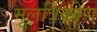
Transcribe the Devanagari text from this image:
मूलत्रिकोण